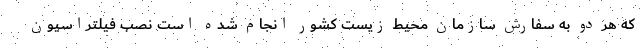
که هر دو به سفارش سازمان محیط زیست کشور انجام شده است نصب فیلتراسیون